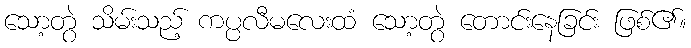
သော့တွဲ သိမ်းသည့် ကပ္ပလီမလေးထံ သော့တွဲ တောင်းနေခြင်း ဖြစ်၏။